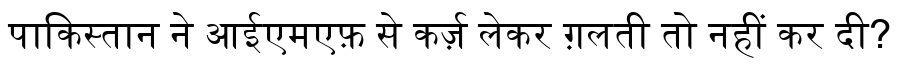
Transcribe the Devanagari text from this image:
पाकिस्तान ने आईएमएफ़ से कर्ज़ लेकर ग़लती तो नहीं कर दी?